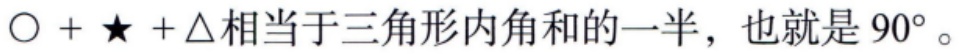
$\bigcirc +\bigstar+\triangle 相当于三角形内角和的一半，也就是90^{\circ}。$